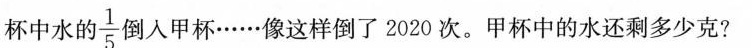
杯中水的\frac{1}{5}倒入甲杯……像这样倒了2020次。甲杯中的水还剩多少克？